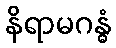
နိရာမဂန္ဓံ